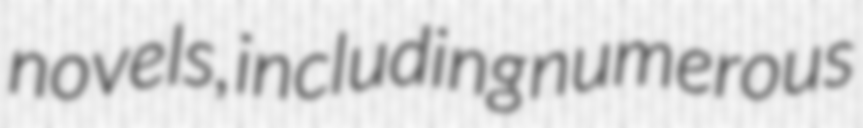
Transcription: novels, including numerous